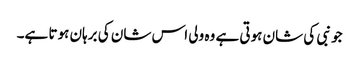
جو نبی کی شان ہوتی ہے وہ ولی اس شان کی برہان ہوتا ہے۔